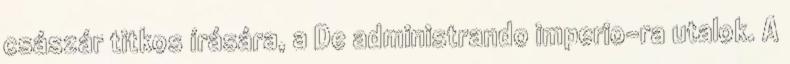
császár titkos írására, a De administrando imperio-ra utalok. A